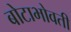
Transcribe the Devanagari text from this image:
बोटाभोवती